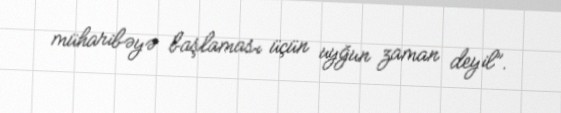
müharibəyə başlaması üçün uyğun zaman deyil”.